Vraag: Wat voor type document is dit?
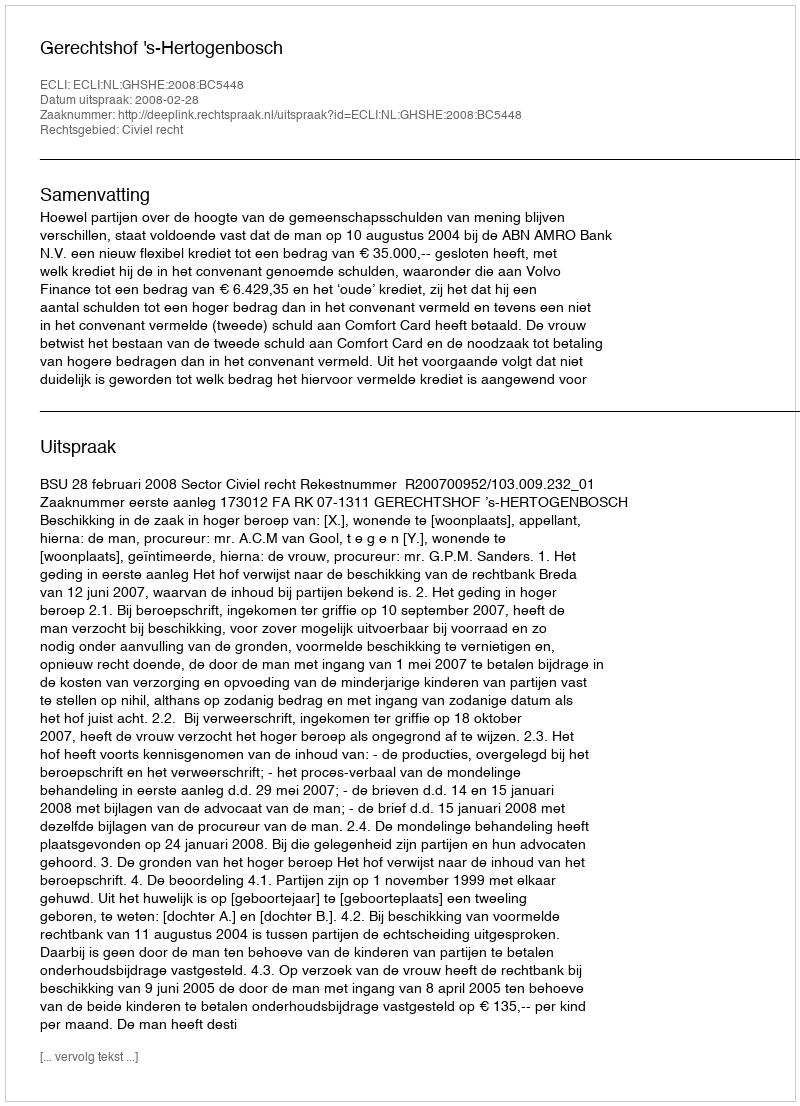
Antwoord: Uitspraak